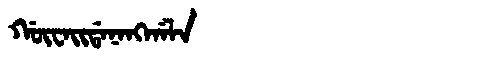
Manchu: ᡤᡡᠸᠠᡳᡩᠠᠨᠠᠩᡤᠠᠯᠠ
Romanization: GŪWAIDANANGGALA